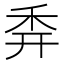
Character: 𥝯